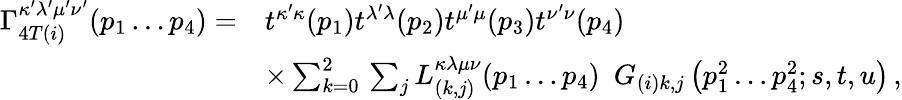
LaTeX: \begin{array}{rl}{{\Gamma_{4T(i)}^{\kappa^{\prime}\lambda^{\prime}\mu^{\prime}\nu^{\prime}}(p_{1}\ldots p_{4})=}}&{{t^{\kappa^{\prime}\kappa}(p_{1})t^{\lambda^{\prime}\lambda}(p_{2})t^{\mu^{\prime}\mu}(p_{3})t^{\nu^{\prime}\nu}(p_{4})}}\\ {{\mathrm{}}}&{{\times\sum_{k=0}^{2}\, \sum_{j}L_{(k,j)}^{\kappa\lambda\mu\nu}(p_{1}\ldots p_{4})\, \, \, G_{(i)k,j}\left(p_{1}^{2}\ldots p_{4}^{2};s,t,u\right)\, ,}}\end{array}